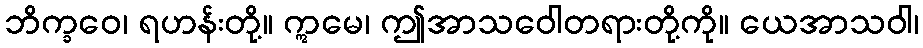
ဘိက္ခဝေ၊ ရဟန်းတို့။ ဣမေ၊ ဤအာသဝေါတရားတို့ကို။ ယေအာသဝါ၊